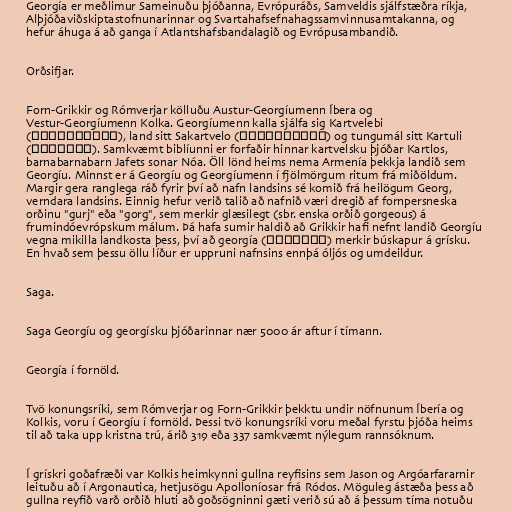
Georgía er meðlimur Sameinuðu þjóðanna, Evrópuráðs, Samveldis sjálfstæðra ríkja,
Alþjóðaviðskiptastofnunarinnar og Svartahafsefnahagssamvinnusamtakanna, og
hefur áhuga á að ganga í Atlantshafsbandalagið og Evrópusambandið.

Orðsifjar.

Forn-Grikkir og Rómverjar kölluðu Austur-Georgíumenn Íbera og
Vestur-Georgíumenn Kolka. Georgíumenn kalla sjálfa sig Kartvelebi
(ქართველები), land sitt Sakartvelo (საქართველო) og tungumál sitt Kartuli
(ქართული). Samkvæmt biblíunni er forfaðir hinnar kartvelsku þjóðar Kartlos,
barnabarnabarn Jafets sonar Nóa. Öll lönd heims nema Armenía þekkja landið sem
Georgíu. Minnst er á Georgíu og Georgíumenn í fjölmörgum ritum frá miðöldum.
Margir gera ranglega ráð fyrir því að nafn landsins sé komið frá heilögum Georg,
verndara landsins. Einnig hefur verið talið að nafnið væri dregið af fornpersneska
orðinu "gurj" eða "gorg", sem merkir glæsilegt (sbr. enska orðið gorgeous) á
frumindóevrópskum málum. Þá hafa sumir haldið að Grikkir hafi nefnt landið Georgíu
vegna mikilla landkosta þess, því að georgía (γεωργία) merkir búskapur á grísku.
En hvað sem þessu öllu líður er uppruni nafnsins ennþá óljós og umdeildur.

Saga.

Saga Georgíu og georgísku þjóðarinnar nær 5000 ár aftur í tímann.

Georgía í fornöld.

Tvö konungsríki, sem Rómverjar og Forn-Grikkir þekktu undir nöfnunum Íbería og
Kolkis, voru í Georgíu í fornöld. Þessi tvö konungsríki voru meðal fyrstu þjóða heims
til að taka upp kristna trú, árið 319 eða 337 samkvæmt nýlegum rannsóknum.

Í grískri goðafræði var Kolkis heimkynni gullna reyfisins sem Jason og Argóarfararnir
leituðu að í Argonautica, hetjusögu Apolloníosar frá Ródos. Möguleg ástæða þess að
gullna reyfið varð orðið hluti að goðsögninni gæti verið sú að á þessum tíma notuðu